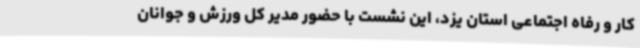
کار و رفاه اجتماعی استان یزد، این نشست با حضور مدیر کل ورزش و جوانان